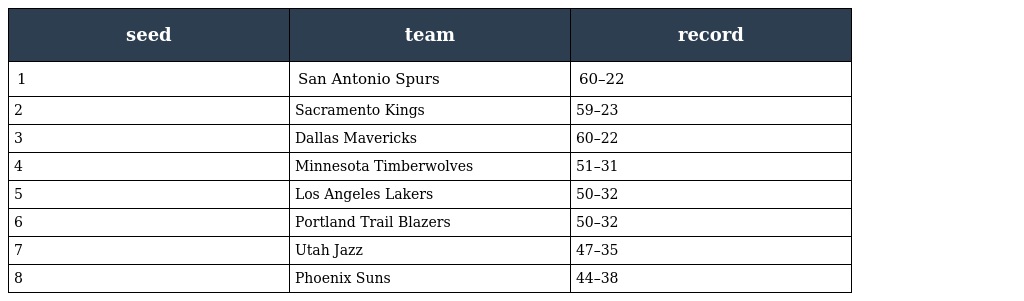
| seed | team | record |
 | --- | --- | --- |
 | 1 | San Antonio Spurs | 60–22 |
 | 2 | Sacramento Kings | 59–23 |
 | 3 | Dallas Mavericks | 60–22 |
 | 4 | Minnesota Timberwolves | 51–31 |
 | 5 | Los Angeles Lakers | 50–32 |
 | 6 | Portland Trail Blazers | 50–32 |
 | 7 | Utah Jazz | 47–35 |
 | 8 | Phoenix Suns | 44–38 |